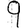
Digit: 9